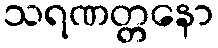
သရဏတ္တနော